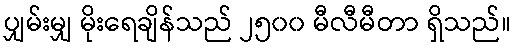
ပျှမ်းမျှ မိုးရေချိန်သည် ၂၅၀၀ မီလီမီတာ ရှိသည်။